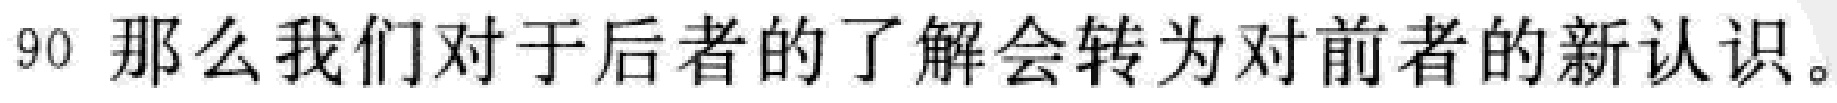
90 那么我们对于后者的了解会转为对前者的新认识。